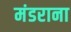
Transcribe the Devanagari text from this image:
मंडराना